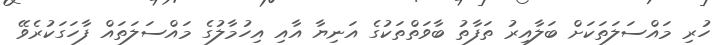
ހުރި މައްސަލަތަކަށް ބަލާއިރު ތަފާތު ބާވަތްތަކުގެ އަނިޔާ އާއި އިހުމާލުގެ މައްސަލަތައް ފާހަގަކުރެވޭ